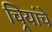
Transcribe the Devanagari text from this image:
चिर्‍यांचे